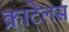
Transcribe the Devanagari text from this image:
क्राटेलस